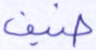
ضيف